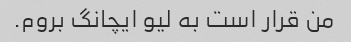
من قرار است به لیو ایچانگ بروم.